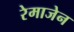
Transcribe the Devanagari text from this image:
रेमाजेन